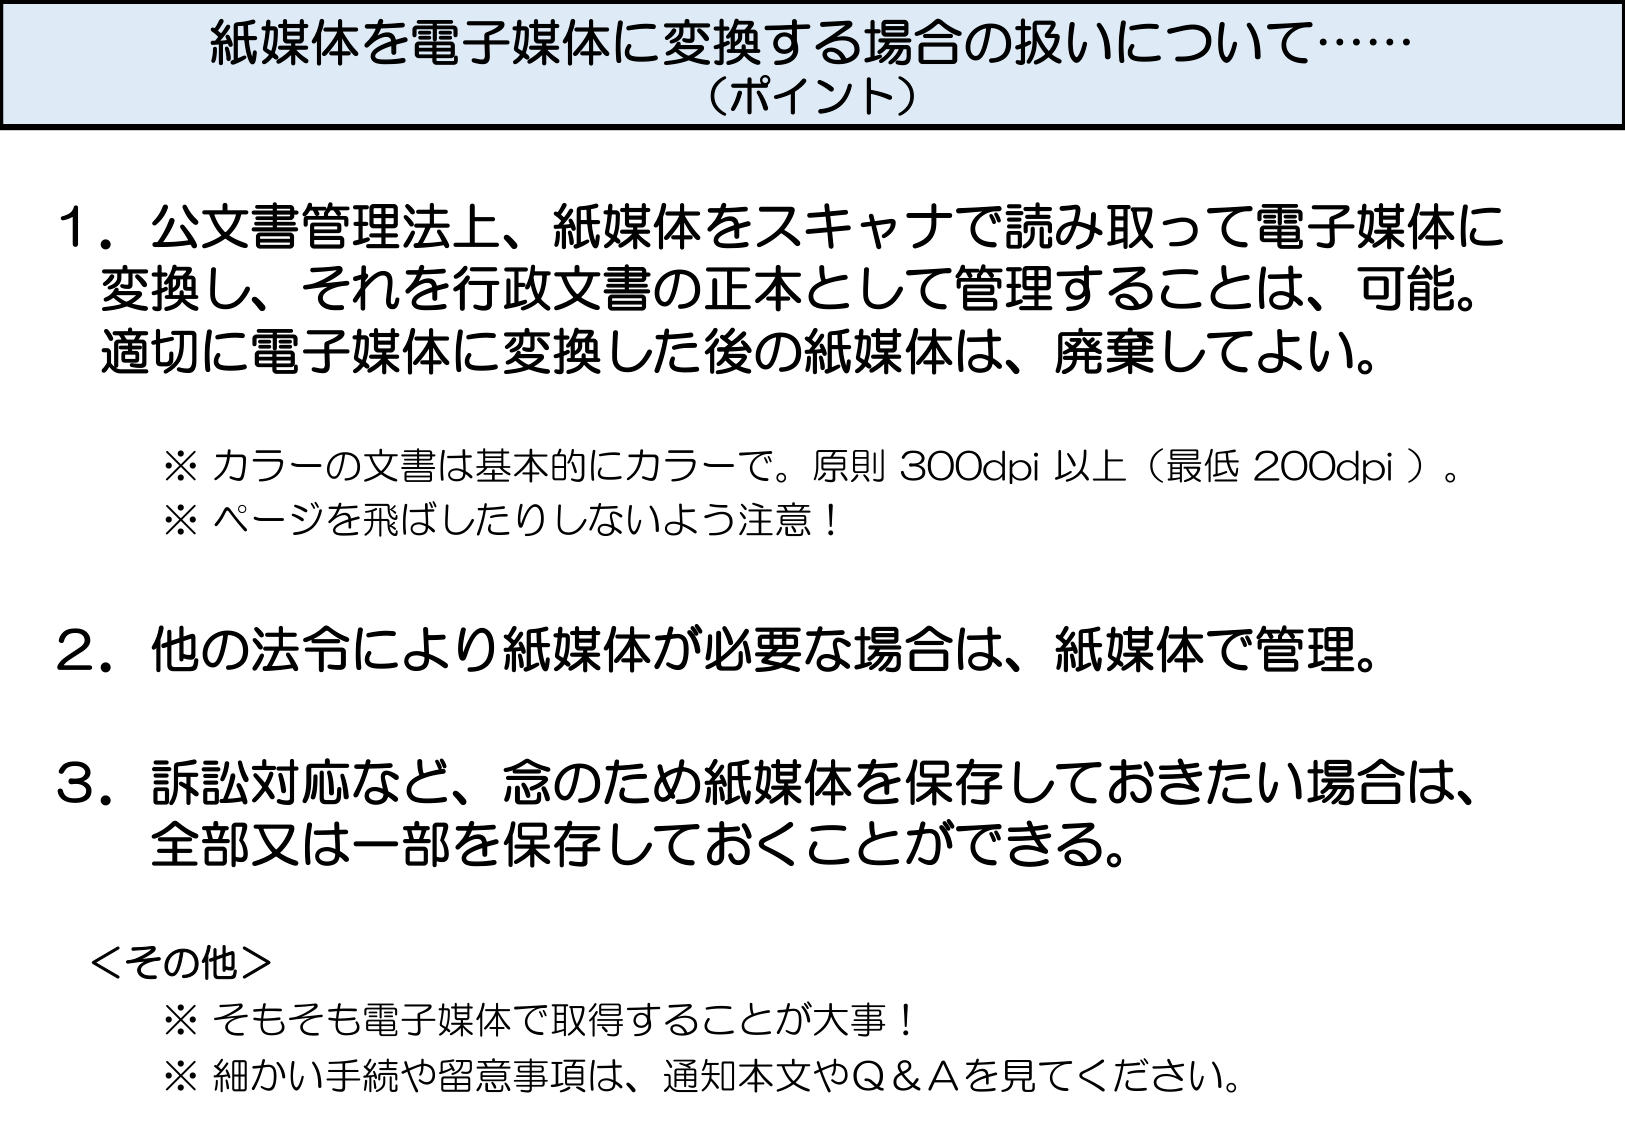
紙媒体を電子媒体に変換する場合の扱いについて……
（ポイント）

1．公文書管理法上、紙媒体をスキャナで読み取って電子媒体に変換し、それを行政文書の正本として管理することは、可能。適切に電子媒体に変換した後の紙媒体は、廃棄してよい。

※ カラーの文書は基本的にカラーで。原則 300dpi 以上（最低 200dpi）。
※ ページを飛ばしたりしないよう注意！

2．他の法令により紙媒体が必要な場合は、紙媒体で管理。

3．訴訟対応など、念のため紙媒体を保存しておきたい場合は、全部又は一部を保存しておくことができる。

＜その他＞
※ そもそも電子媒体で取得することが大事！
※ 細かい手続や留意事項は、通知本文やQ＆Aを見てください。